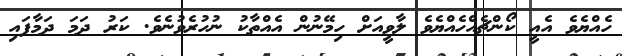
ހެއްޔެވެ އެއީ ކޯންޗެއްހެއްޔެވެ ލާވީއަށް ހިމޭނުން އެއްތާކު ނުހުރެވުނެވެ. ކަރު ދަމަ ދަމާފައި